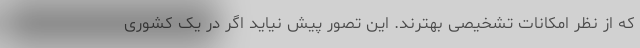
که از نظر امکانات تشخیصی بهترند. این تصور پیش نیاید اگر در یک کشوری